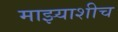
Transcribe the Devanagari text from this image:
माझ्याशीच